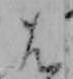
は